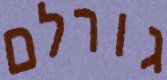
גורלם